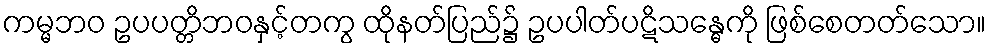
ကမ္မဘဝ ဥပပတ္တိဘဝနှင့်တကွ ထိုနတ်ပြည်၌ ဥပပါတ်ပဋိသန္ဓေကို ဖြစ်စေတတ်သော။